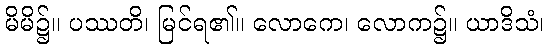
မိမိ၌။ ပဿတိ၊ မြင်ရ၏။ လောကေ၊ လောက၌။ ယာဒိသံ၊